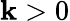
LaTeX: \mathbf{k}>0